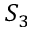
S _ { 3 }